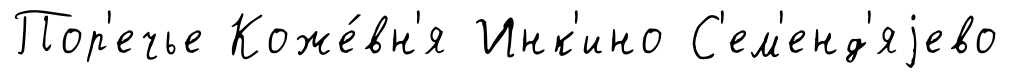
Пор'ечье Коже́вн'я Инк'ино С'ем'енд'яjево